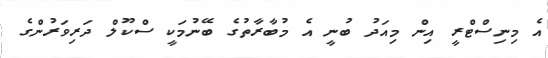
އެ މިނިސްޓްރީ އިން މިއަދު ބުނީ އެ މުބާރާތުގެ ބޭނުމަކީ ސްކޫލް ދަރިވަރުންގެ